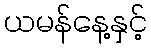
ယမန်နေ့နှင့်